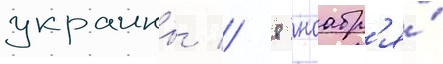
украины // 8 ноабр'я́